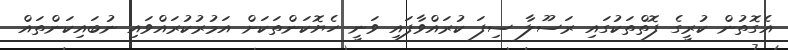
އެގޮތުން ކުރީގެ ފޮތްތަކުގައި ރަސޫލާ ސިފަ ކުރައްވާފައި ވަނީ ހެޔޮކަންތަކަށް އަމުރުކުރައްވައި ނުބައިކަންތައް